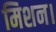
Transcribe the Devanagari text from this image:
मिशन।